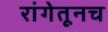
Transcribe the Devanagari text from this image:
रांगेतूनच